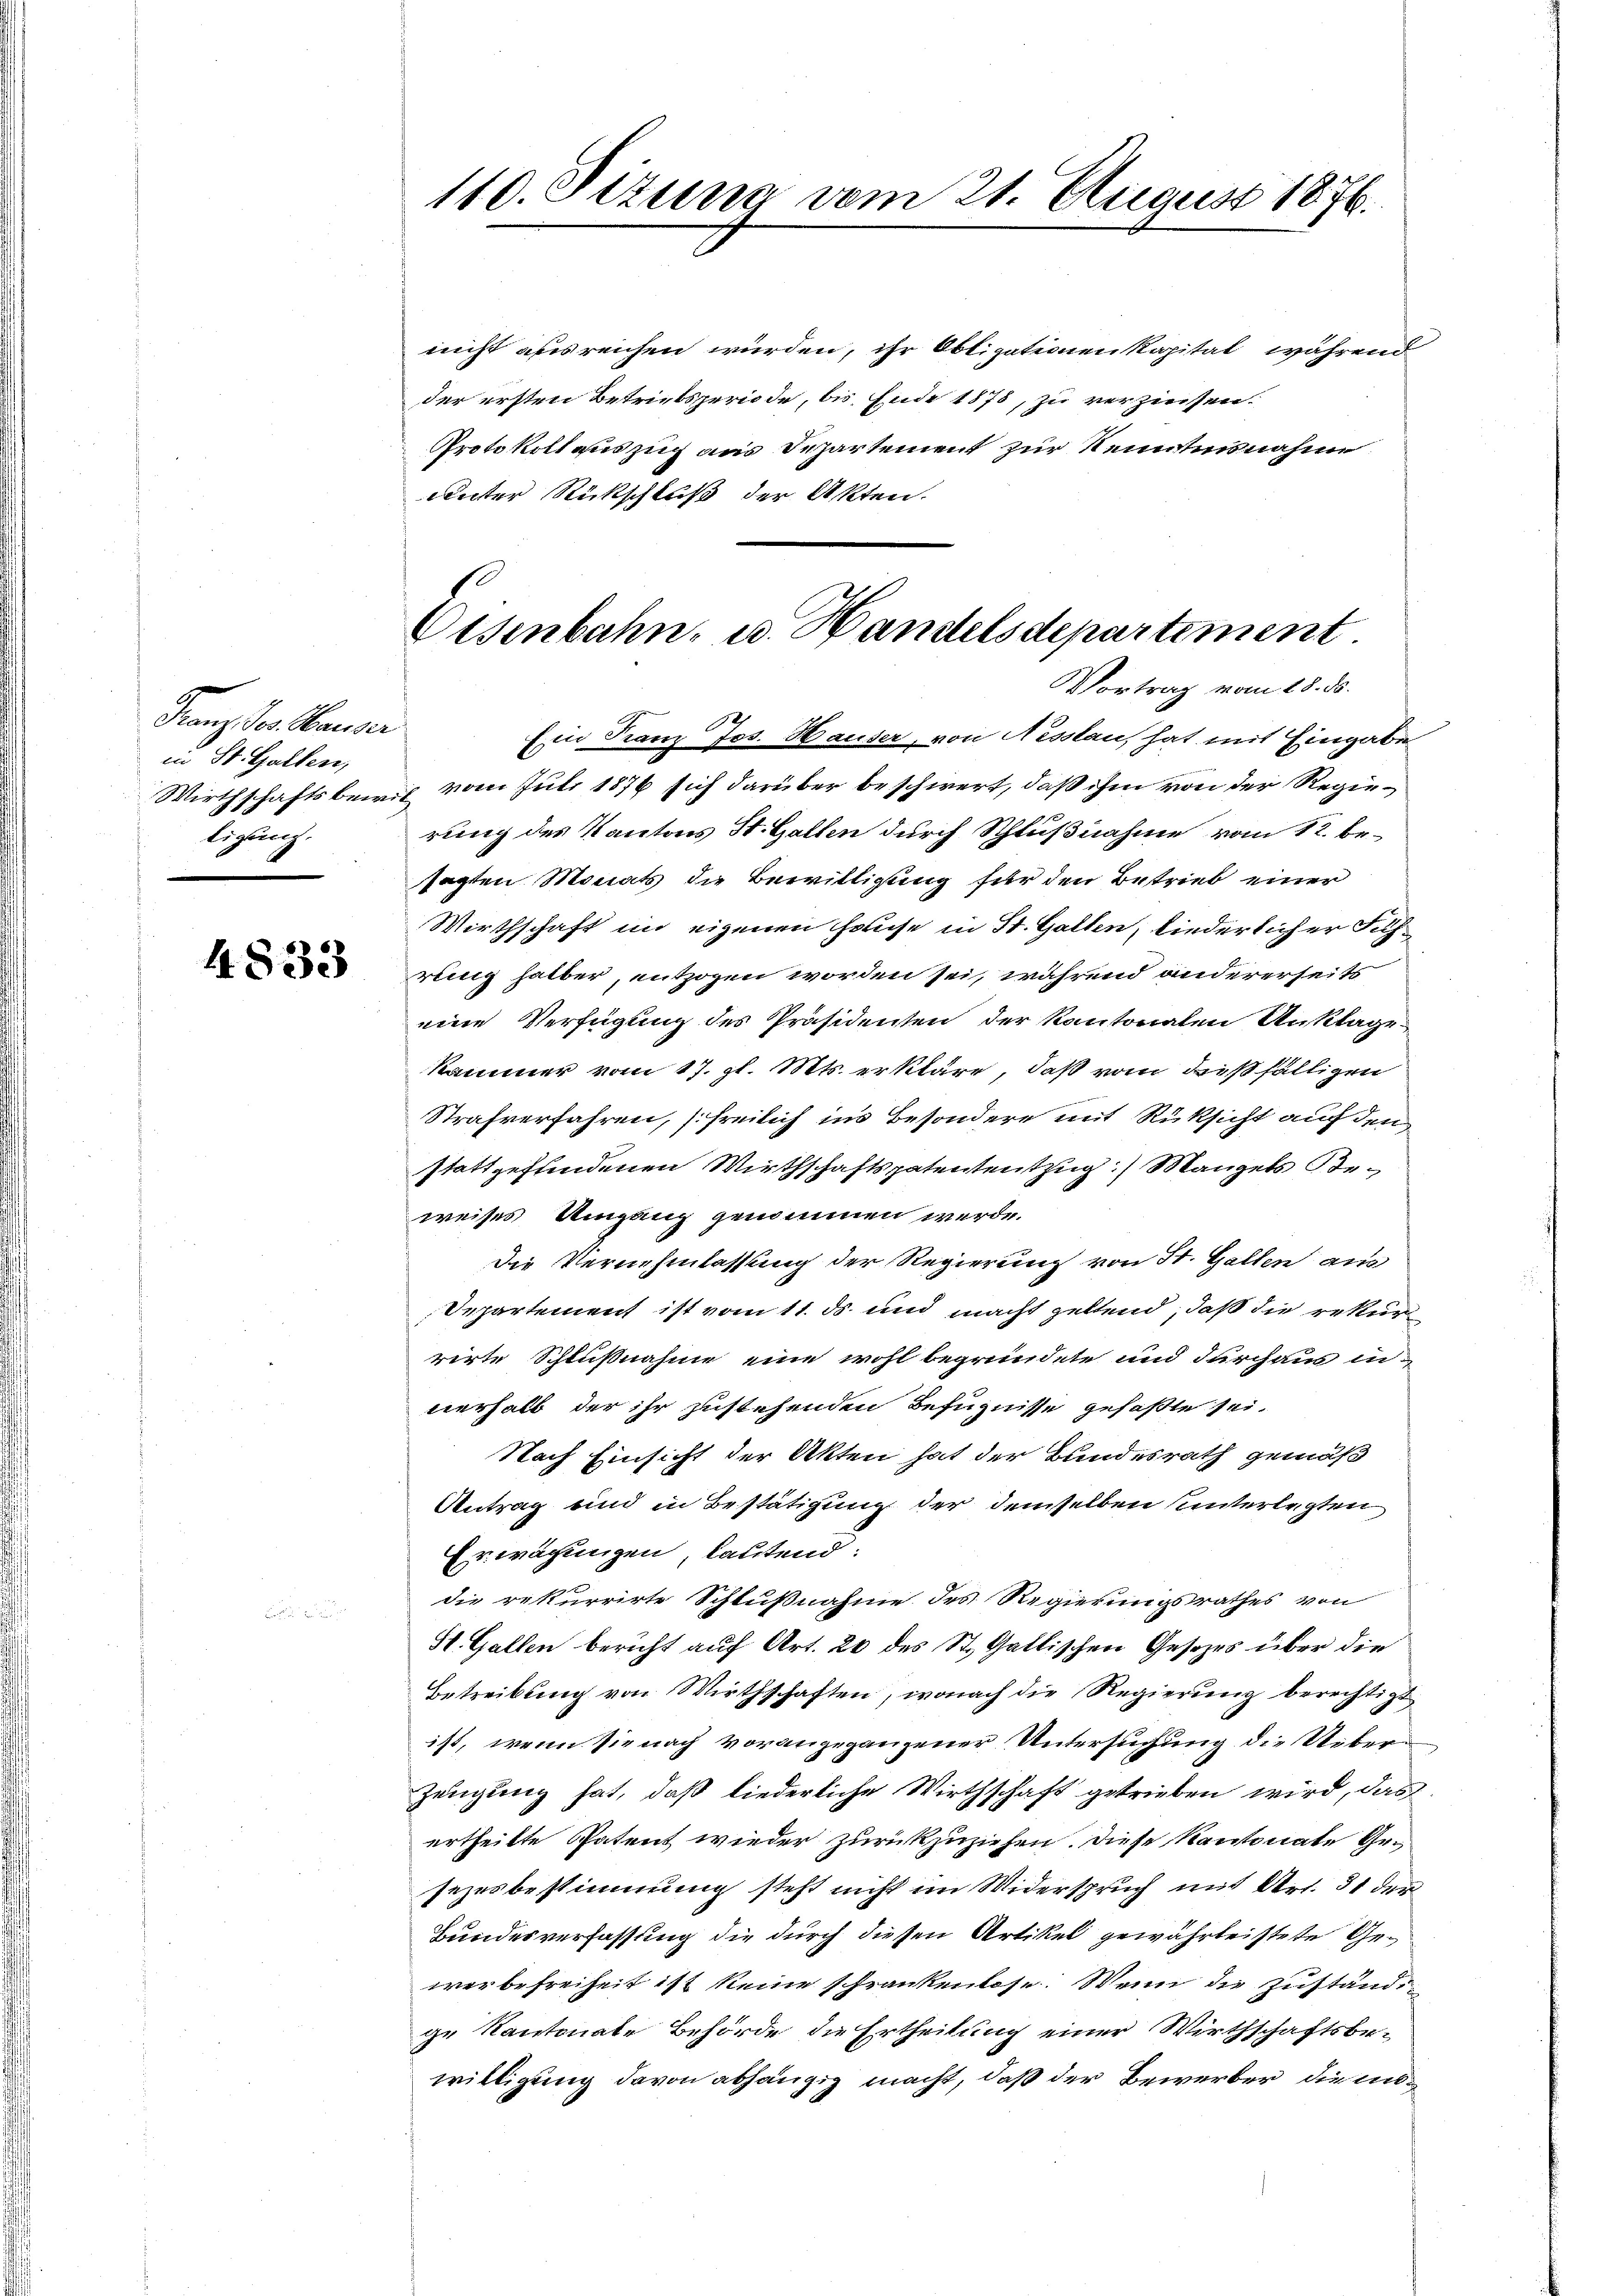
Franz der Hauser
in St. Gallen,
tigung.

4833

nicht ausreichen würden, ihr Obligationen Kapital während
der ersten Betriebsperiode, bis Ende 1878, zu verzinsen.
Protokoll auszug aus Departement zur Kenntnisnahme
unter Rückschluß der Akten.

110. Sizung vom 21. August 1876.

Eisenbahn- u. Handelsdepartement.
Vortrag vom 18. ds.

Ein Franz Jos. Hauser, von Nesslau, hat mit Eingabe
Wirthschaftsbewil vom Juli 1876 sich darüber beschwert, daß ihm von der Regierung des Kantons St. Gallen durch Schlußnahme vom 12. be-
sagten Monats die Bewilligung für den Betrieb einer
Wirthschaft im eigenen Hause in St. Gallen, liederlicher Führung halber, entzogen worden sei, während andererseits
eine Verfügung des Präsidenten der kantonalen Unklage
Kammer vom 17. gl. Mts. erkläre, daß vom dießfälligen
Strafverfahren, [freilich in’s Besondere mit Rüksicht auf den
stattgefundenen Wirthschaftspatententzug:) Mangels Beweises Umgang genommen werde.
die Vernehmlassung der Regierung von St. Gallen aus
Departement ist vom 11. ds. und macht geltend, daß die rekur
rirte Schlußnahme eine wohl begründete und durchaus in
verhalb der ihr zustehenden Befugnisse gefaßte sei.
Nach Einsicht der Akten hat der Bundesrath gemäß
Antrag und in Bestätigung der demselben unterlegten
Erwächungen, lautend:
die rekurrirte Schlußnahme des Regierungsrathes von
St. Gallen bericht auf Art. 20 des St. Gallischen Gesetzes über die
Betreibung von Wirthschaften, wonach die Regierung berechtigt
ist, wenn sie nach vorangegangener Untersuchung die Ueberzeugung hat, daß liederliche Wirthschaft getrieben wird, das
ertheilte Patent wieder zurückzuziehen. Diese Kantonate Gesezesbestimmung steht nicht im Widerspruch mit Art. 31 der
Bundesverfassung die durch diesen Artikel gewährteistete Gewerbefreiheit ist keine schrankenlose. Wenn die Zuständige Kantonale Behörde die Ertheilung einer Wirthschaftsbewilligung davon abhängig macht, daß der Bewerber die in¬